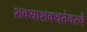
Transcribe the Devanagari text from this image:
शक्याशक्यतेवरचे